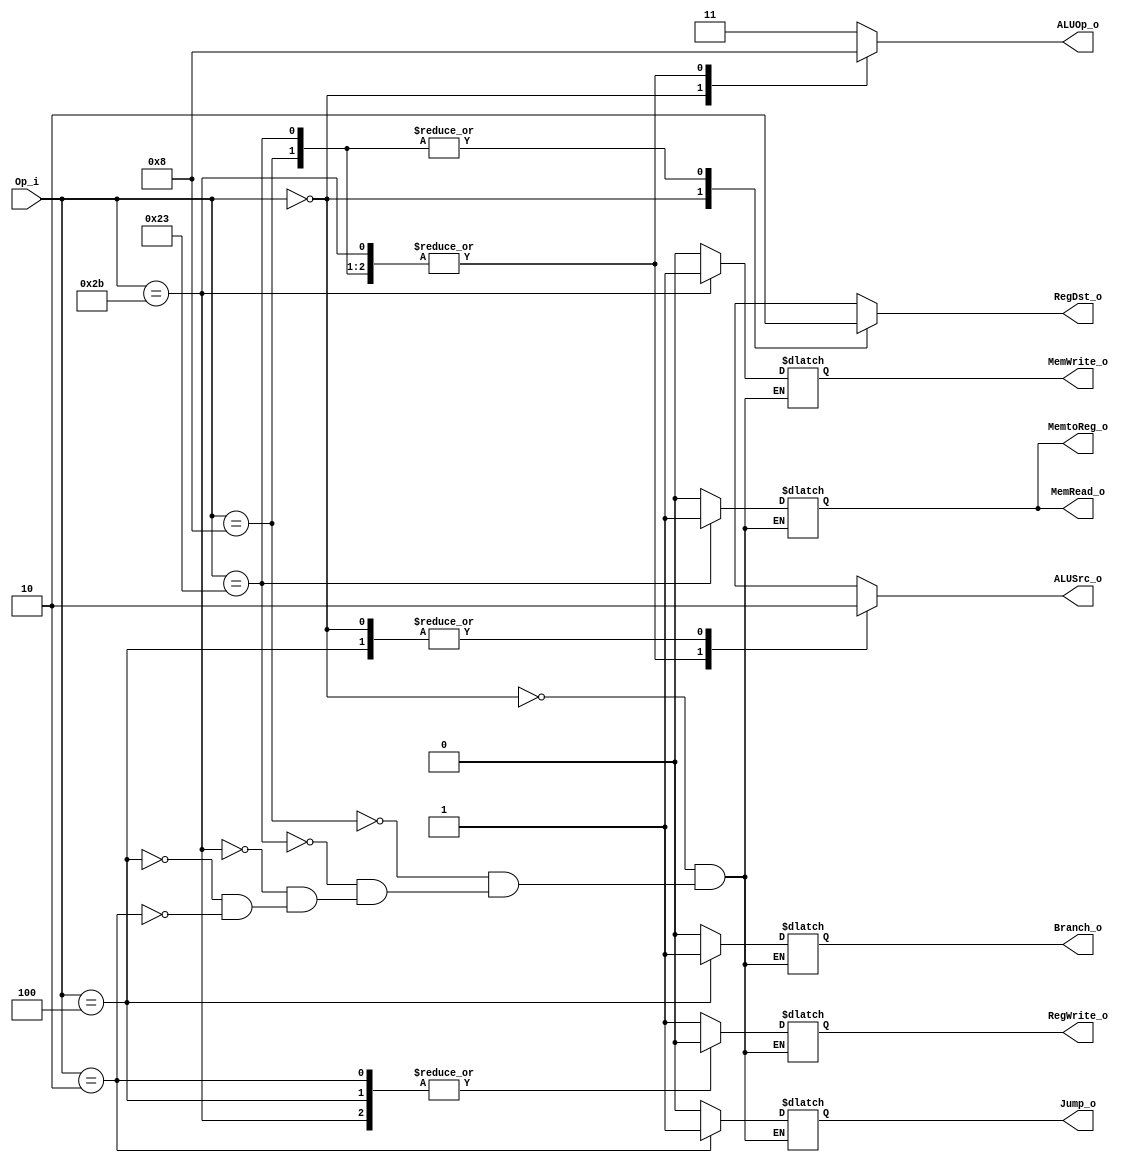
module Control
(
    Op_i,
    RegDst_o,
    ALUSrc_o,
    MemtoReg_o,
    RegWrite_o,
    MemRead_o,
    MemWrite_o,
    Branch_o,
    Jump_o,
    ALUOp_o
);

input   [5:0]       Op_i;
output              RegDst_o, ALUSrc_o, MemtoReg_o, RegWrite_o, MemRead_o, MemWrite_o, Branch_o, Jump_o;
output	[1:0]		ALUOp_o;

reg					RegDst_o, ALUSrc_o, MemtoReg_o, RegWrite_o, MemRead_o, MemWrite_o, Branch_o, Jump_o;
reg		[1:0]		ALUOp_o;

initial begin
	RegDst_o = 1'b0;
	ALUSrc_o = 1'b0;
	MemtoReg_o = 1'b0;
	RegWrite_o = 1'b0;
	MemRead_o  = 1'b0;
	MemWrite_o = 1'b0;
	Branch_o = 1'b0;
	Jump_o = 1'b0;
end

always@(Op_i) begin
    case (Op_i)
		6'b000000 : begin	//R-type
			RegDst_o 	= 1'b1;
			ALUSrc_o 	= 1'b0;
			MemtoReg_o	= 1'b0;
			RegWrite_o 	= 1'b1;
			MemRead_o	= 1'b0;
			MemWrite_o	= 1'b0;
			Branch_o	= 1'b0;
			Jump_o		= 1'b0;
			ALUOp_o		= 2'b10;
		end
		6'b001000 : begin	//addi
			RegDst_o 	= 1'b0;
			ALUSrc_o 	= 1'b1;
			MemtoReg_o	= 1'b0;
			RegWrite_o 	= 1'b1;
			MemRead_o	= 1'b0;
			MemWrite_o	= 1'b0;
			Branch_o	= 1'b0;
			Jump_o		= 1'b0;
			ALUOp_o		= 2'b00;
		end
		6'b100011 : begin	//lw
			RegDst_o 	= 1'b0;
			ALUSrc_o 	= 1'b1;
			MemtoReg_o	= 1'b1;
			RegWrite_o 	= 1'b1;
			MemRead_o	= 1'b1;
			MemWrite_o	= 1'b0;
			Branch_o	= 1'b0;
			Jump_o		= 1'b0;
			ALUOp_o		= 2'b00;
		end
		6'b101011 : begin	//sw
			RegDst_o 	= 1'bx;
			ALUSrc_o 	= 1'b1;
			MemtoReg_o	= 1'bx;
			RegWrite_o 	= 1'b0;
			MemRead_o	= 1'b0;
			MemWrite_o	= 1'b1;
			Branch_o	= 1'b0;
			Jump_o		= 1'b0;
			ALUOp_o		= 2'b00;
		end
		6'b000100 : begin	//beq
			RegDst_o 	= 1'bx;
			ALUSrc_o 	= 1'b0;
			MemtoReg_o	= 1'bx;
			RegWrite_o 	= 1'b0;
			MemRead_o	= 1'b0;
			MemWrite_o	= 1'b0;
			Branch_o	= 1'b1;
			Jump_o		= 1'b0;
			ALUOp_o		= 2'b11;
		end
		6'b000010 : begin	//j
			RegDst_o 	= 1'bx;
			ALUSrc_o 	= 1'bx;
			MemtoReg_o	= 1'bx;
			RegWrite_o 	= 1'b0;
			MemRead_o	= 1'b0;
			MemWrite_o	= 1'b0;
			Branch_o	= 1'b0;
			Jump_o		= 1'b1;
			ALUOp_o		= 2'b11;
		end
		default   : begin
			RegDst_o 	= 1'bx;
			ALUSrc_o 	= 1'bx;
			ALUOp_o		= 2'b11;
		end
	endcase
end

endmodule